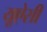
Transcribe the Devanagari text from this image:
यूऐसी